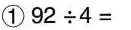
①92\div4=